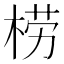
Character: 𣓿